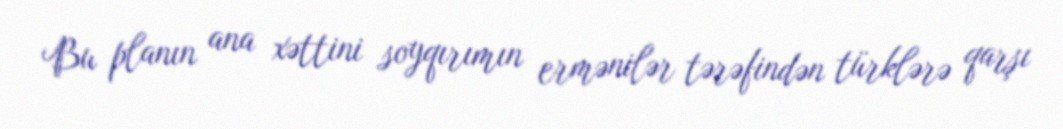
Bu planın ana xəttini soyqırımın ermənilər tərəfindən türklərə qarşı